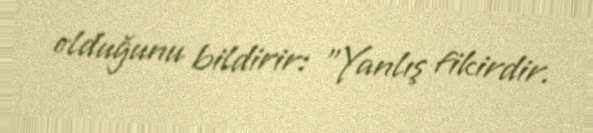
olduğunu bildirir: "Yanlış fikirdir.